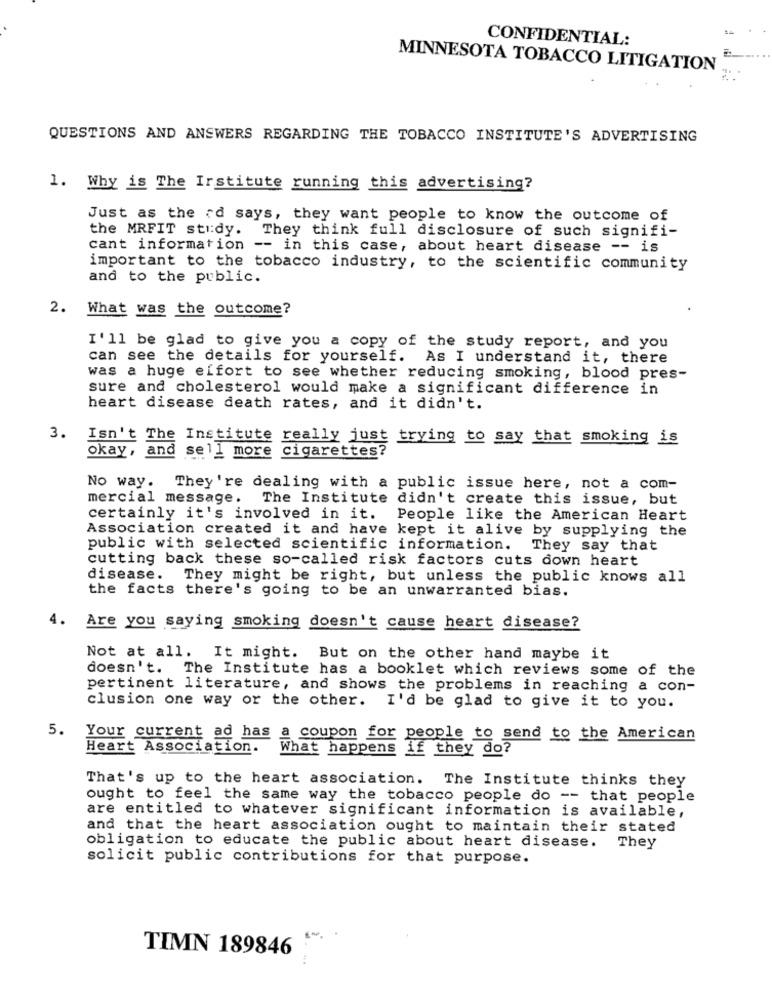
CONFIDENTIAL:
MINNESOTA TOBACCO LITIGATION
QUESTIONS AND ANSWERS REGARDING THE TOBACCO INSTITUTE'S ADVERTISING
1. Why is The Institute running this advertising?
Just as the rd says, they want people to know the outcome of
the MRFIT study. They think full disclosure of such signifi-
cant information -- in this case, about heart disease -- is
important to the tobacco industry, to the scientific community
and to the public.
2.
What was the outcome?
I'll be glad to give you a copy of the study report, and you
can see the details for yourself. As I understand it, there
was a huge effort to see whether reducing smoking, blood pres-
sure and cholesterol would make a significant difference in
heart disease death rates, and it didn't.
3. Isn't The Institute really just trying to say that smoking is
okay, and sell more cigarettes?
No way.
They're dealing with a public issue here, not a com-
mercial message.
The Institute didn't create this issue, but
certainly it's involved in it.
People like the American Heart
Association created it and have kept it alive by supplying the
public with selected scientific information. They say that
cutting back these so-called risk factors cuts down heart
disease.
They might be right, but unless the public knows all
the facts there's going to be an unwarranted bias.
4.
Are you saying smoking doesn't cause heart disease?
Not at all. It might. But on the other hand maybe it
doesn't. The Institute has a booklet which reviews some of the
pertinent literature, and shows the problems in reaching a con-
clusion one way or the other. I'd be glad to give it to you.
5. Your current ad has a coupon for people to send to the American
Heart Association. What happens if they do?
That's up to the heart association. The Institute thinks they
ought to feel the same way the tobacco people do -- that people
are entitled to whatever significant information is available,
and that the heart association ought to maintain their stated
obligation to educate the public about heart disease.
They
solicit public contributions for that purpose.
TIMN 189846